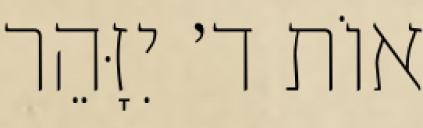
אוֹת ד׳ יִזָּהֵר